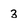
Character: 3